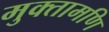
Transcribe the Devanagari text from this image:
मुक्तामणि